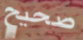
صحيح